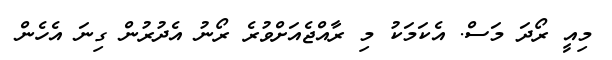
މިއީ ރޯދަ މަސް. އެކަމަކު މި ރާއްޖެއަށްވުރެ ރޯނު އެދުރުން ގިނަ އެހެން